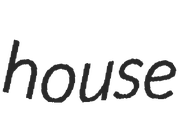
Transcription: house